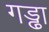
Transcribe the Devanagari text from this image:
गड्ढा़